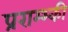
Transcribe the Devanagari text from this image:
प्रराम्भ्की